Civil Veterinary Department. Central Provinces & Berar 1925-31 - 1925-1931
Year: 1925
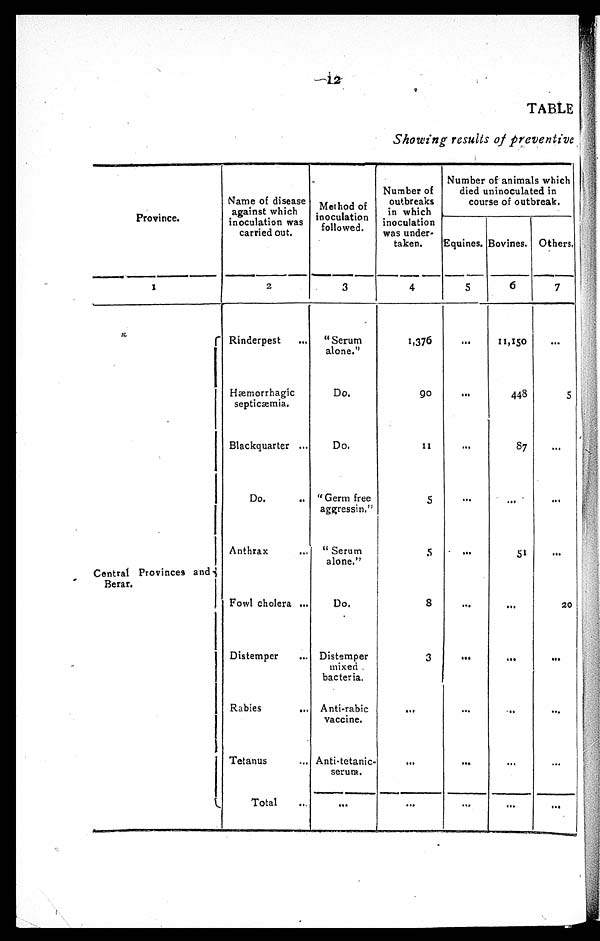
12
TABLE
Showing results of preventive
Province.
1
Central Provinces and
Berar.
Name of disease
against which
inoculation was
carried out.
2
Rinderpest ...
Hæmorrhagic
septicæmia.
Blackquarter ...
Do. ...
Anthrax ...
Fowl cholera ...
Distemper ...
Rabies
...
Tetanus ...
Total ...
Method of
inoculation
followed.
3
"Serum
alone."
Do.
Do.
"Germ free
aggressin."
"Serum
alone."
Do.
Distemper
mixed
bacteria.
Anti-rabic
vaccine.
Anti-tetanic¬
serum.
...
Number of
outbreaks
in which
inoculation
was under-
taken.
4
1,376
90
11
5
5
8
3
...
...
...
Number of animals which
died uninoculated in
course of outbreak.
Equines.
5
...
...
...
...
...
...
...
...
...
...
Bovines.
6
11,150
448
87
...
51
...
...
...
...
...
Others.
7
...
5
...
...
...
20
...
...
...
...